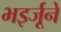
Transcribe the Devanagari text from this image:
भइर्जूने